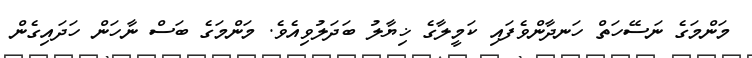
މަންމަގެ ނަސޭހަތް ހަނދާންވެފައި ކަމީލާގެ ޚިޔާލު ބަދަލުވިއެވެ. މަންމަގެ ބަސް ނާހަން ހަދައިގެން